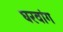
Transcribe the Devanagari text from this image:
घरवांग